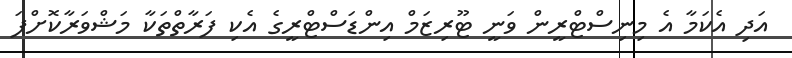
އަދި އެކަމާ އެ މިނިސްޓްރީން ވަނީ ޓޫރިޒަމް އިންޑަސްޓްރީގެ އެކި ފަރާތްތަކާ މަޝްވަރާކޮށްފަ